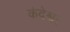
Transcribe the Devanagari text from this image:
कंदेश्वर